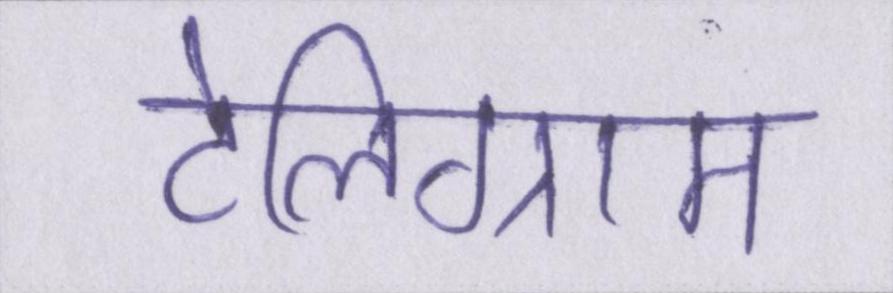
टेलिग्राम